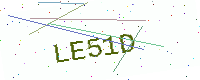
Text: LE51D